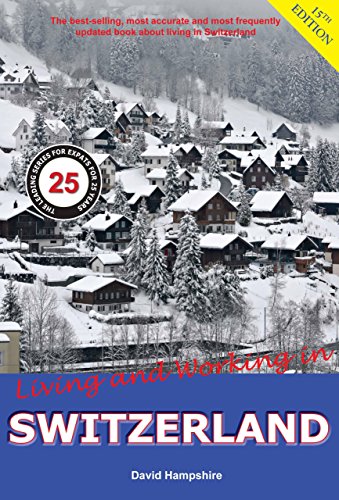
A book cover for Living and Working in Switzerland: A Survial Handbook; David Hampshire; Travel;